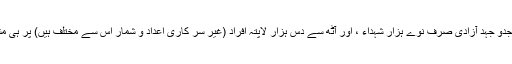
کشمیر کی جدو جہدِ آزادی صرف نوے ہزار شہداء ، اور آٹھ سے دس ہزار لاپتہ افراد (غیر سر کاری اعداد و شمار اس سے مختلف ہیں) پر ہی مشتمل نہیں ۔